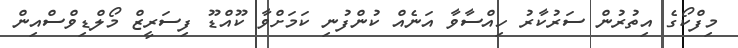
މިފްކޯގެ އިތުރުން ސަރުކާރު ހިއްސާވާ އަނެއް ކުންފުނި ކަމަށްވާ ކޫއްޑޫ ފިސަރީޒް މޯލްޑިވްސްއިން